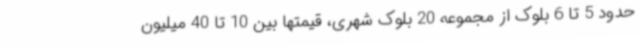
حدود 5 تا 6 بلوک از مجموعه 20 بلوک شهری، قیمتها بین 10 تا 40 میلیون